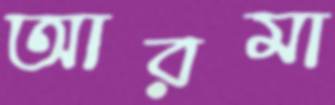
আরমা